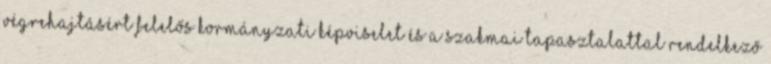
végrehajtásért felelős kormányzati képviselet és a szakmai tapasztalattal rendelkező